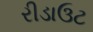
રીડાઉટ